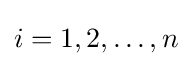
i=1,2,\ldots ,n